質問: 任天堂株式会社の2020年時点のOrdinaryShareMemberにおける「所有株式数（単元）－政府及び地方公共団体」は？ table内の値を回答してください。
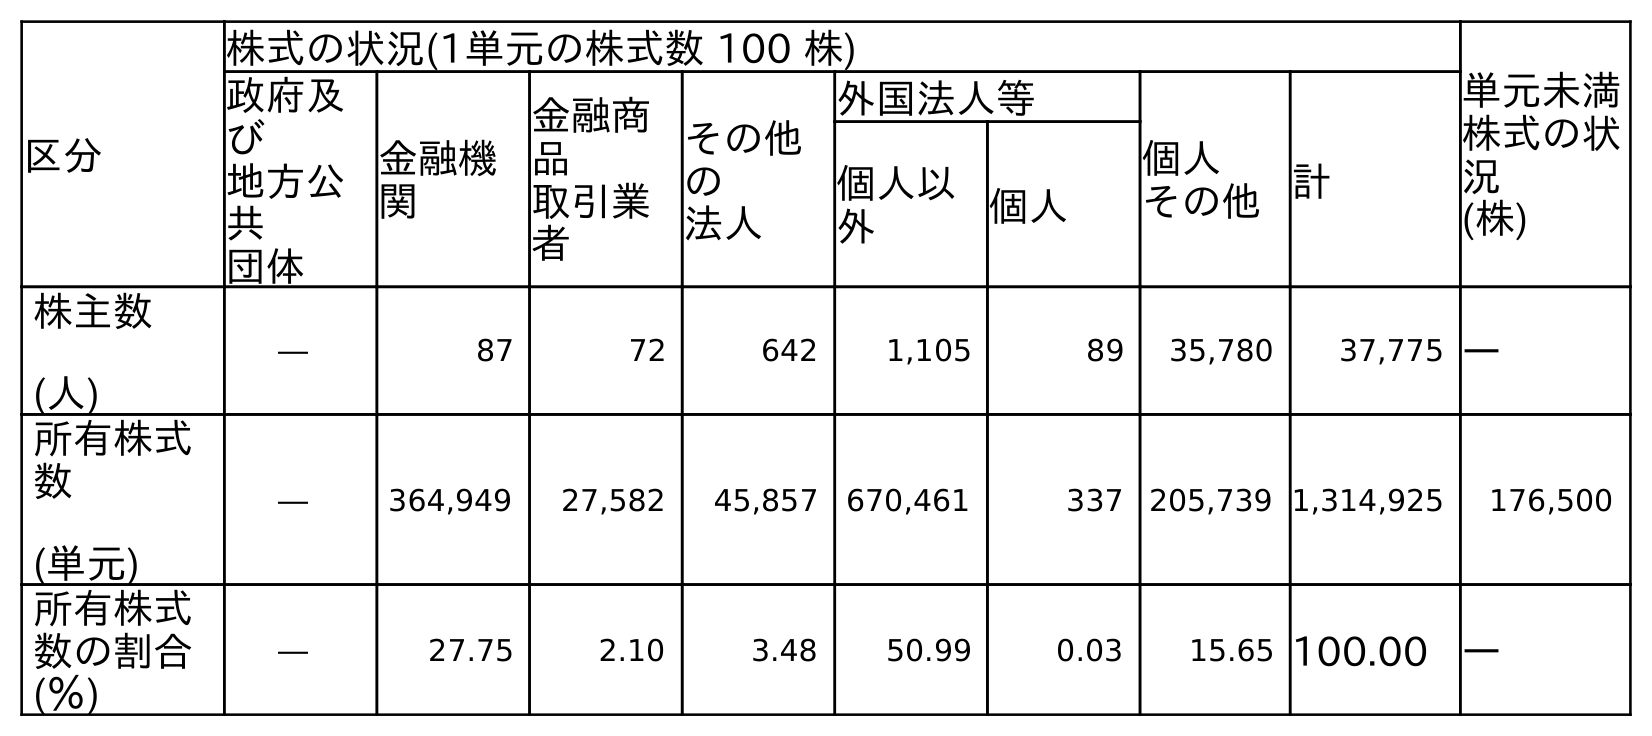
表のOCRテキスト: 区分 株式の状況(1単元の株式数 100 株) 単元未満 株式の状 況 (株) 政府及 び 地方公 共 団体 金融機 関 金融商 品 取引業 者 その他 の 法人 外国法人等 個人 その他計 個人以 外 個人 株主数 (人) ― 87 72 642 1,105 89 35,780 37,775 ― 所有株式 数 (単元) ― 364,949 27,582 45,857 670,461 337 205,739 1,314,925 176,500 所有株式 数の割合 (％) ― 27.75 2.10 3.48 50.99 0.03 15.65 100.00 ―
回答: ―